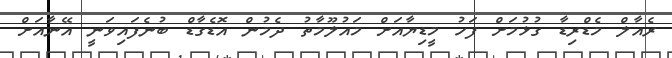
ރެއާލް މެޑްރިޑާ ގުޅުމަށް ފަހު މީޑިޔާއަށް މައުލޫމާތު ދެމުން އޮޑެގާޑް ބުނެފައިވަނީ އޭނާއަށް